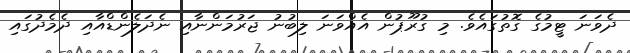
ދެވަނަ ޓީމުގެ ގޮތުގައެވެ. މި ގުރޫޕުން އެއްވަނަ ލިބުނު ޖަރުމަންނާއި ނެދަލެންޑްއާއި ދެމެދުގައި